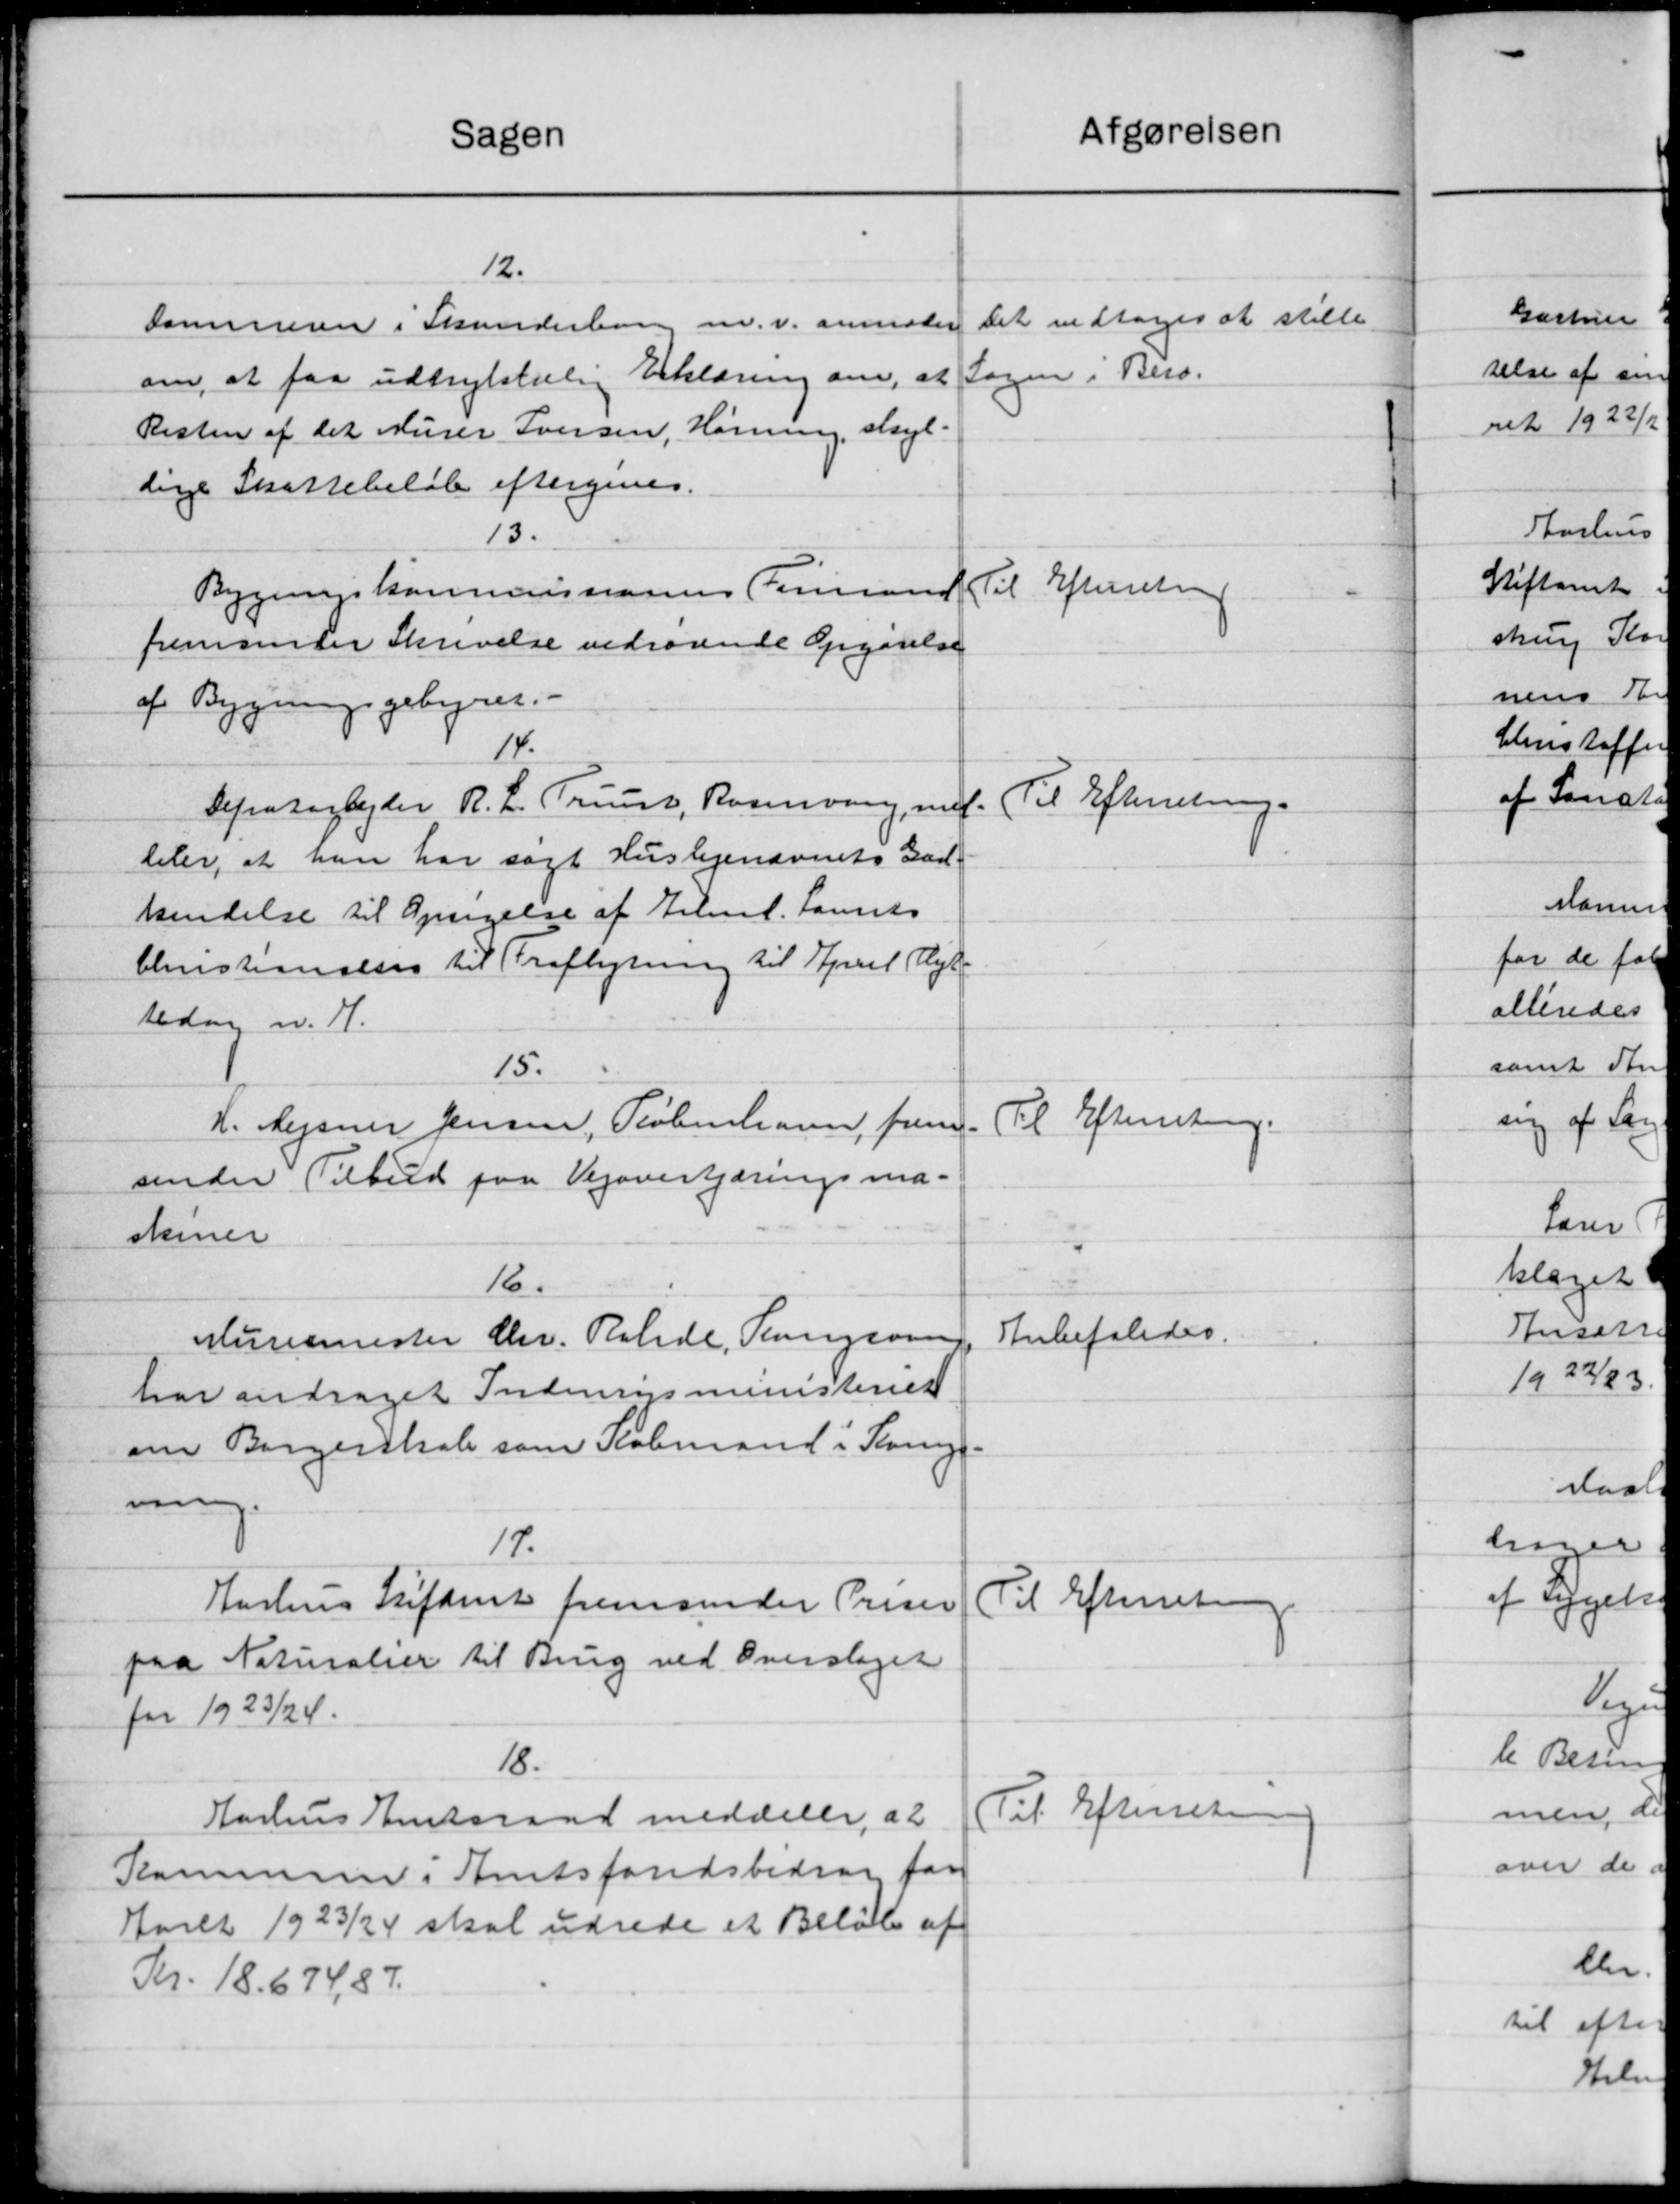
Transskription:
Afgørelsen
Sagen
12.
Det vedtoges at stille
Sammeren i Skanderban m.v. anmoder
Sagen. Bero.
om, at faa udtrykkelig Erklæring om, at
Resten af det Murer Iversen, Hørning, skyl-
dige Skattebeløb eftergives.
13.
Bygningskommissionens Formand Til Efterretning
fremsender Skrivelse vedrørende Opgørelse
af Bygningsgebyrer. -
14.
Til Efterretning.
Defratarbejder R. L. Trust, Rosenving, mel-
bler, at han har søgt Huslejenævnets God-
kendelse til Opsigelse af Arbmd. Laurits
blenstrandelses til Fraflytning til April Mejl
tedag m. H.
15.
Til Efterretning.
K. Mejsner Jensen, København, frem
sender Tilbud paa Vejovertjæringsma-
skiner
16.
Anbefaledes.
Murermester Chr. Ralde, angaaen
har andraget Indenrigsministeriet
om Borgerskab som Købmand i Kong
n
17.
Aarhus Stiftent fremsender Priser
Til Efterretning.
paa Naturalier til Brug ved Overslaget
for 1923/24.
18.
Til Efterretning
Aarhus Amtsraad meddeler, at
Kommune i Amtsfondsbidrag for
Aaret 1923/24 skal udrede et Beløb af
Kr. 18.674,87.